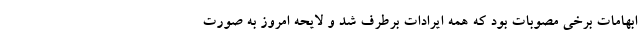
ابهامات برخی مصوبات بود که همه ایرادات برطرف شد و لایحه امروز به صورت